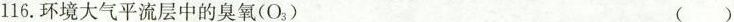
116.环境大气平流层中的臭氧(O_{3}) ( )